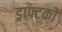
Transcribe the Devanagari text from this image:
ड्राफ्टको